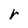
Character: r